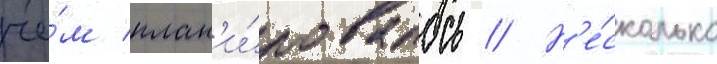
че́м план'и́ровалось // Н'е́сколько